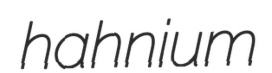
hahnium